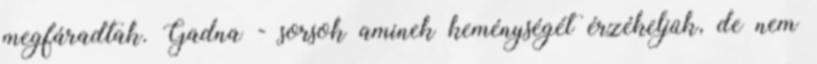
megfáradtak. Gadna - sorsok aminek keménységét érzékeljük, de nem